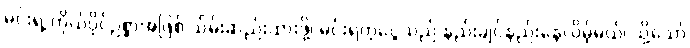
မင်းရဲ့ ကိုယ်ပိုင်ဥစ္စာအဖြစ် သိမ်းဆည်းထားဖို့၊ မင်းရတဲ့ငွေသည် နည်းချင်နည်းနေလိမ့်မယ်၊ သို့သော်